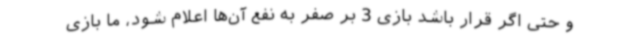
و حتی اگر قرار باشد بازی 3 بر صفر به نفع آن‌ها اعلام شود، ما بازی